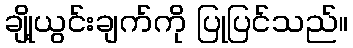
ချို့ယွင်းချက်ကို ပြုပြင်သည်။